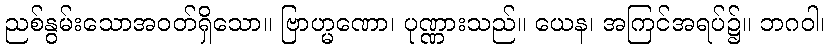
ညစ်နွမ်းသောအဝတ်ရှိသော။ ဗြာဟ္မဏော၊ ပုဏ္ဏားသည်။ ယေန၊ အကြင်အရပ်၌။ ဘဂဝါ၊